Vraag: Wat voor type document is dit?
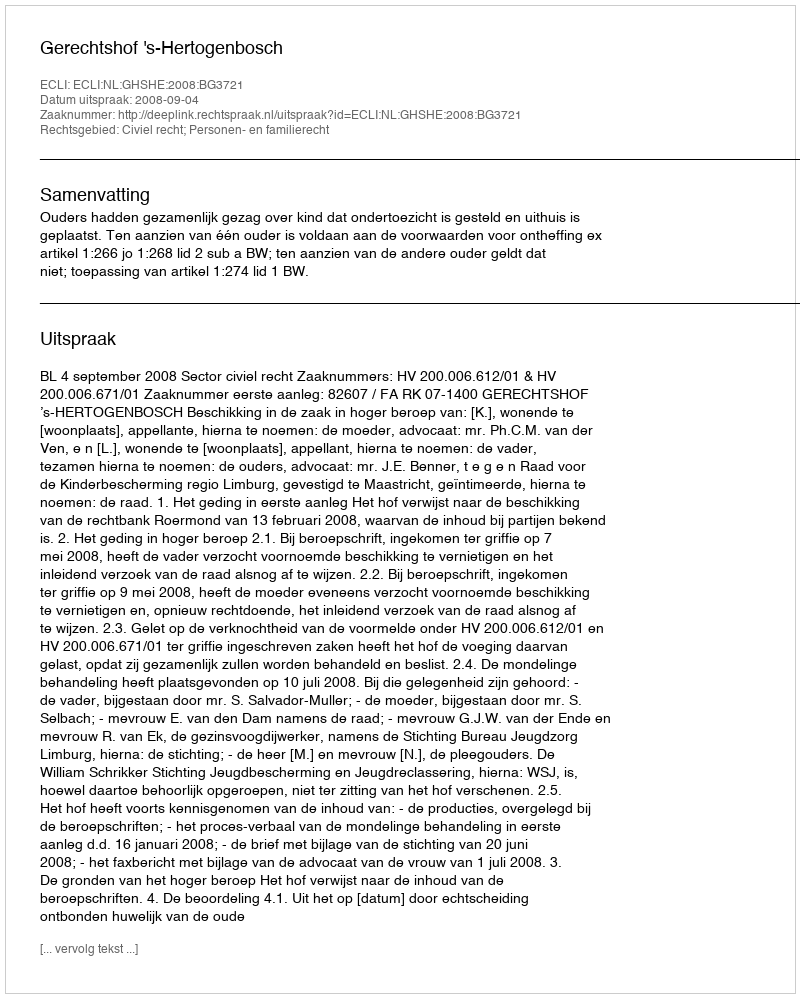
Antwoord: Uitspraak